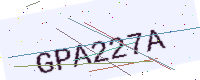
Text: GPA227A